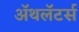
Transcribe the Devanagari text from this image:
ॲथलॅटर्स